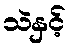
သဲနှင့်